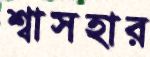
শ্বাসহার